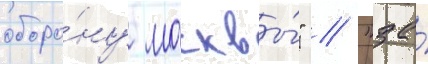
оборо́ну москвы́" / "за́